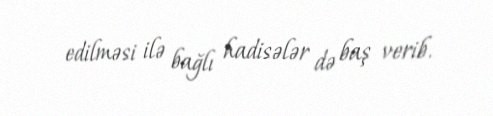
edilməsi ilə bağlı hadisələr də baş verib.